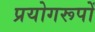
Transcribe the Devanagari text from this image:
प्रयोगरूपों